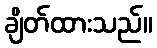
ချိတ်ထားသည်။